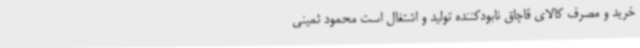
خرید و مصرف کالای قاچاق نابودکننده تولید و اشتغال است محمود ثمینی